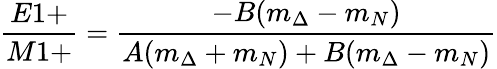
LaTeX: \frac{E1+}{M1+}=\frac{-B(m_{\Delta}-m_{N})}{A(m_{\Delta}+m_{N})+B(m_{\Delta}-m_{N})}